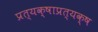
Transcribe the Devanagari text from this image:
प्रत्यक्षाप्रत्यक्ष